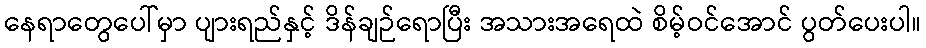
နေရာတွေပေါ်မှာ ပျားရည်နှင့် ဒိန်ချဉ်ရောပြီး အသားအရေထဲ စိမ့်ဝင်အောင် ပွတ်ပေးပါ။